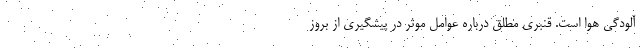
آلودگی هوا است‌. قنبری مطلق درباره عوامل موثر در پیشگیری از بروز